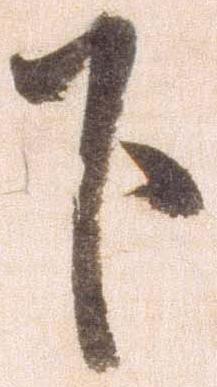
下